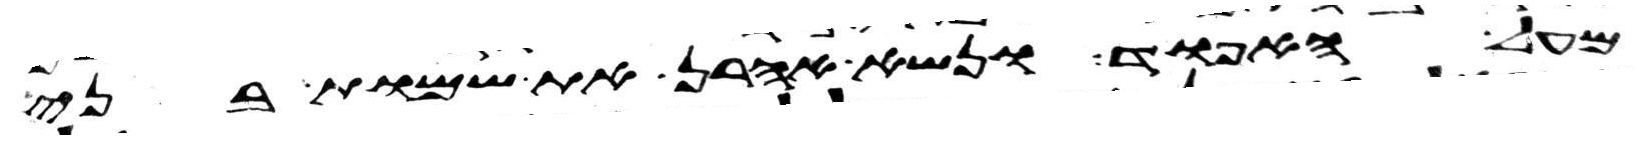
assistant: מעל האפוד ונשא אהרן את שמות בני